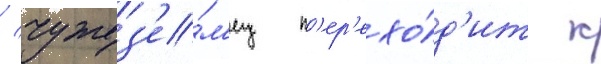
/ чужез'е́м'ец п'ер'ехо́д'ит к